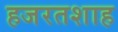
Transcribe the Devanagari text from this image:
हजरतशाह